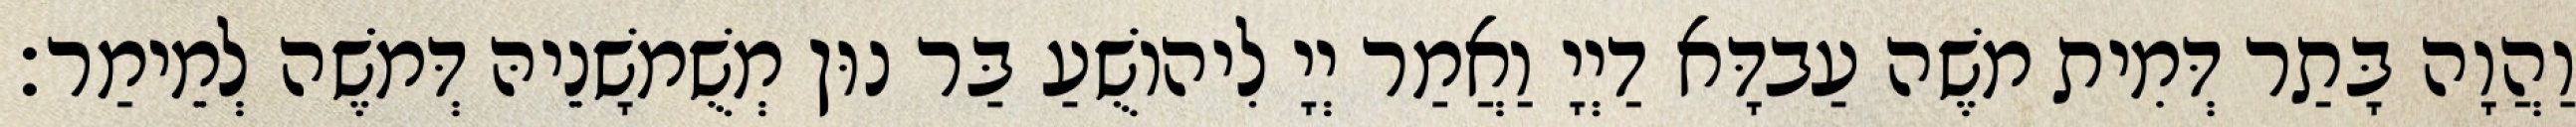
וַהֲוָה בָּתַר דְּמִית מֹשֶׁה עַבדָּא דַיְיָ וַאֲמַר יְיָ לִיהוֹשֻׁעַ בַּר נוּן מְשֻׁמשָׁנֵיהּ דְּמֹשֶׁה לְמֵימַר׃